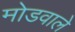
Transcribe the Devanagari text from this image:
मोडवाले